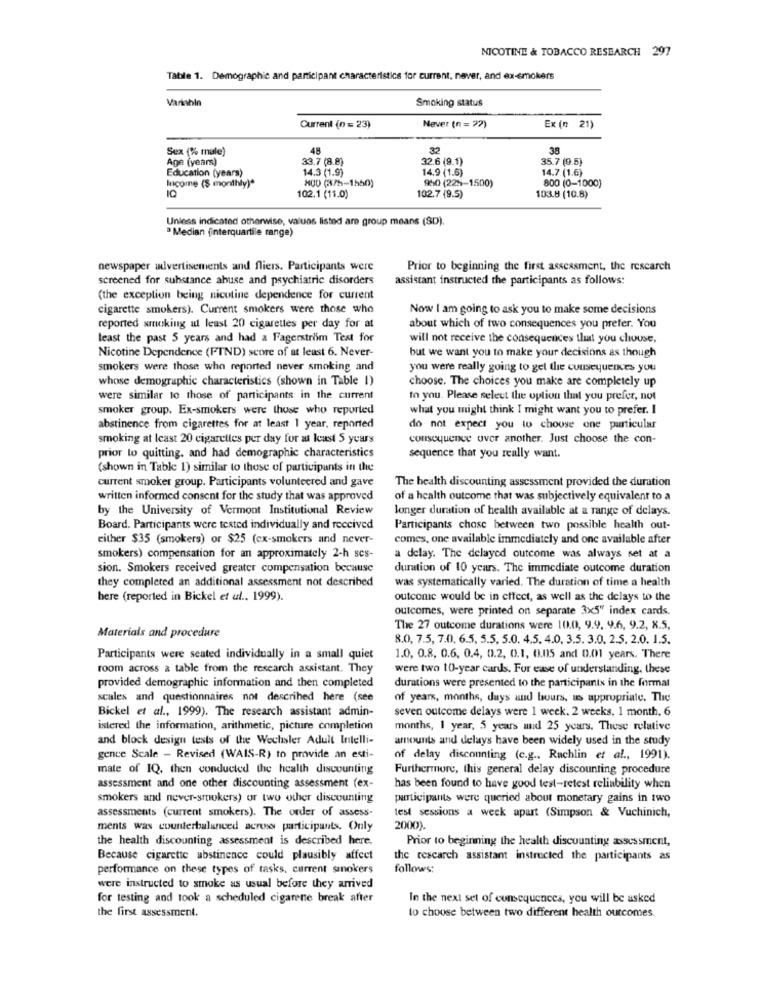
NICOTINE & TOBACCO RESEARCH 297
Table 1. Demographic and participant characteristics for current, never, and ex-smokers
Variable
Smoking status
Current (n = 23)
Never (n= 22)
Ex (n 21)
Sex (% male)
48
32
38
Age (years)
33.7 (8.8)
32.6 (9.1)
35.7 (9.5)
Education (years)
14.3 (1.9)
14.9 (1.6)
14.7 (1.6)
Income ($ monthly)*
800 (3/5-1550)
950 (225-1500)
800 (0-1000)
102.7 (9.5)
102.1 (11.0)
103.8 (10.8)
Unless indicated otherwise, values listed are group means (SD).
Median finterquartile range)
newspaper advertisements and fliers. Participants were
Prior to beginning the first assessment, the research
screened for substance abuse and psychiatric disorders
assistant instructed the participants as follows:
(the exception being nicotine dependence for current
cigarette smokers). Current smokers were those who
Now I am going to ask you to make some decisions
reported smoking at least 20 cigarettes per day for at
about which of two consequences you prefer. You
least the past 5 years and had a Fagerström Test for
will not receive the consequences that you chouse,
Nicotine Dependence (FTND) score of at least 6. Never-
but we want you to make your decisions as though
smokers were those who reported never smoking and
you were really going to get the consequences you
whose demographic characteristics (shown in Table 1)
choose. The choices you make are completely up
were similar to those of participants in the current
to you. Please select the option that you prefer, not
smoker group. Ex-smokers were those who reported
what you might think I might want you to prefer. I
abstinence from cigarettes for at least 1 year, reported
do not expect you to choose one particular
smoking at least 20 cigarettes per day for at least 5 years
consequence over another. Just choose the con-
prior to quitting, and had demographic characteristics
sequence that you really want.
(shown in Table 1) similar to those of participants in the
current smoker group. Participants volunteered and gave
The health discounting assessment provided the duration
written informed consent for the study that was approved
of a health outcome that was subjectively equivalent to a
by the University of Vermont Institutional Review
longer duration of health available at a range of delays.
Board. Participants were tested individually and received
Participants chose between two possible health out-
either $35 (smokers) or $25 (ex-smokers and never-
comes, one available immediately and one available after
smokers) compensation for an approximately 2-h ses-
a delay. The delayed outcome was always set at a
sion. Smokers received greater compensation because
duration of 10 years. The immediate outcome duration
they completed an additional assessment not described
was systematically varied. The duration of time a health
here (reported in Bickel et ul .. 1999).
outcomic would be in effect, as well as the delays to the
outcomes, were printed on separate 3x5" index cards.
The 27 outcome durations were 10.0, 9.9. 9.6, 9.2, 8.5,
Materials and procedure
8.0, 7.5, 7.0. 6.5, 5.5. 5.0. 4.5. 4.0. 3.5. 3.0. 2.5. 2.0. 1.5.
Participants were seated individually in a small quiet
1.0, 0.8, 0.6. 0.4, 0.2, 0.1, 0.05 and 0.01 years. There
room across a table from the research assistant. They
were two 10-year cards. For ease of understanding. these
provided demographic information and then completed
durations were presented to the participants in the formal
scales and questionnaires not described here (see
of years, months, days and bours, us appropriate. The
Bickel et al ., 1999). The research assistant admin-
seven outcome delays were 1 week. 2 weeks, 1 month, 6
istered the information, arithmetic, picture completion
months, 1 year, 5 years and 25 years. These relative
and block design tests of the Wechsler Adult Intelli-
amounts and delays have been widely used in the study
gence Scale - Revised (WAIS-R) to provide an esti-
of delay discounting (c.g .. Rachlin et al ., 1991).
mate of IQ, then conducted the health discounting
Furthermore, this general delay discounting procedure
assessment and one other discounting assessment (ex-
has been found to have good test-retest reliability when
smokers and never-smokers) or two other discounting
participants were queried about monetary gains in two
assessments (current smokers). The order of assess-
test sessions a week apart (Simpson & Vuchinich,
ments was counterbalanced across participants. Only
2000).
the health discounting assessment is described here.
Prior to beginning the health discounting assessment,
Because cigarette abstinence could plausibly affect
the research assistant instructed the participants as
performance on these types of tasks. current smokers
follows:
were instructed to smoke as usual before they arrived
for testing and took a scheduled cigarene break after
In the next set of consequences, you will be asked
the first assessment.
to choose between two different health outcomes.